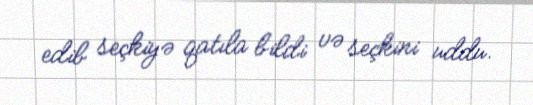
edib seçkiyə qatıla bildi və seçkini uddu.